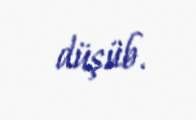
düşüb.